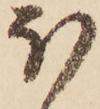
ほ